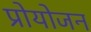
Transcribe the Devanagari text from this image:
प्रोयोजन